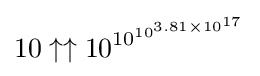
10\uparrow \uparrow 10^{\,\!10^{10^{3.81\times 10^{17}}}}